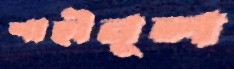
শাহীনূল